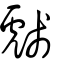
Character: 虥